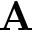
\mathbf { A }